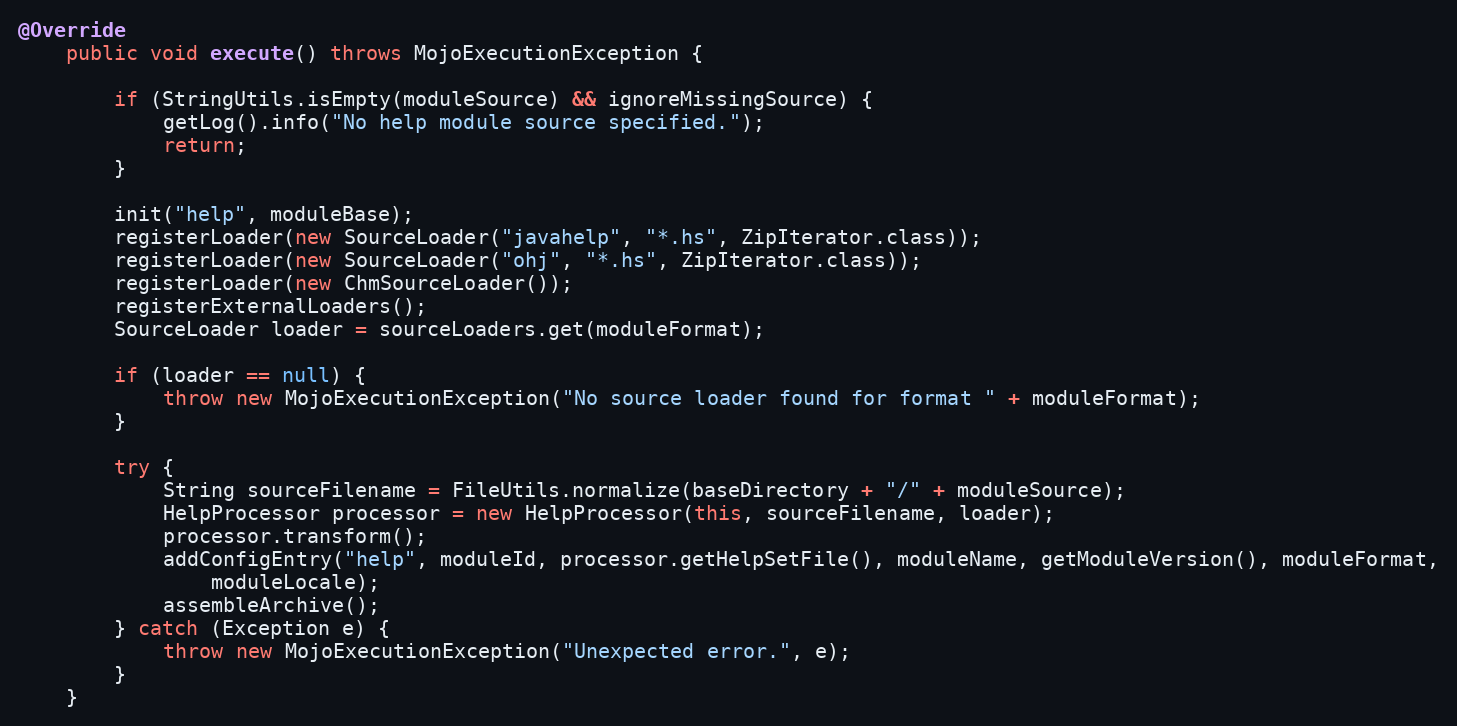
Language: Java
@Override
    public void execute() throws MojoExecutionException {

        if (StringUtils.isEmpty(moduleSource) && ignoreMissingSource) {
            getLog().info("No help module source specified.");
            return;
        }

        init("help", moduleBase);
        registerLoader(new SourceLoader("javahelp", "*.hs", ZipIterator.class));
        registerLoader(new SourceLoader("ohj", "*.hs", ZipIterator.class));
        registerLoader(new ChmSourceLoader());
        registerExternalLoaders();
        SourceLoader loader = sourceLoaders.get(moduleFormat);

        if (loader == null) {
            throw new MojoExecutionException("No source loader found for format " + moduleFormat);
        }

        try {
            String sourceFilename = FileUtils.normalize(baseDirectory + "/" + moduleSource);
            HelpProcessor processor = new HelpProcessor(this, sourceFilename, loader);
            processor.transform();
            addConfigEntry("help", moduleId, processor.getHelpSetFile(), moduleName, getModuleVersion(), moduleFormat,
                moduleLocale);
            assembleArchive();
        } catch (Exception e) {
            throw new MojoExecutionException("Unexpected error.", e);
        }
    }